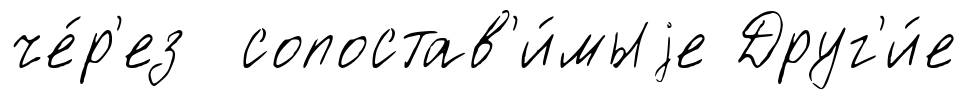
че́р'ез сопостав'и́мыjе Друг'и́е